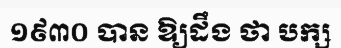
១៩៣០ បាន ឱ្យដឹង ថា បក្ស